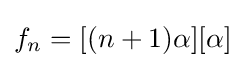
f_{n}=[(n+1)\alpha ][\alpha ]